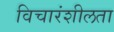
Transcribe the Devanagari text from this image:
विचारंशीलता